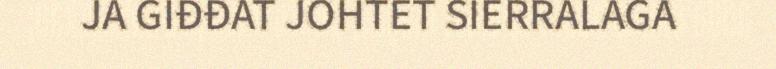
JA GIĐĐAT JOHTET SIERRALAGA